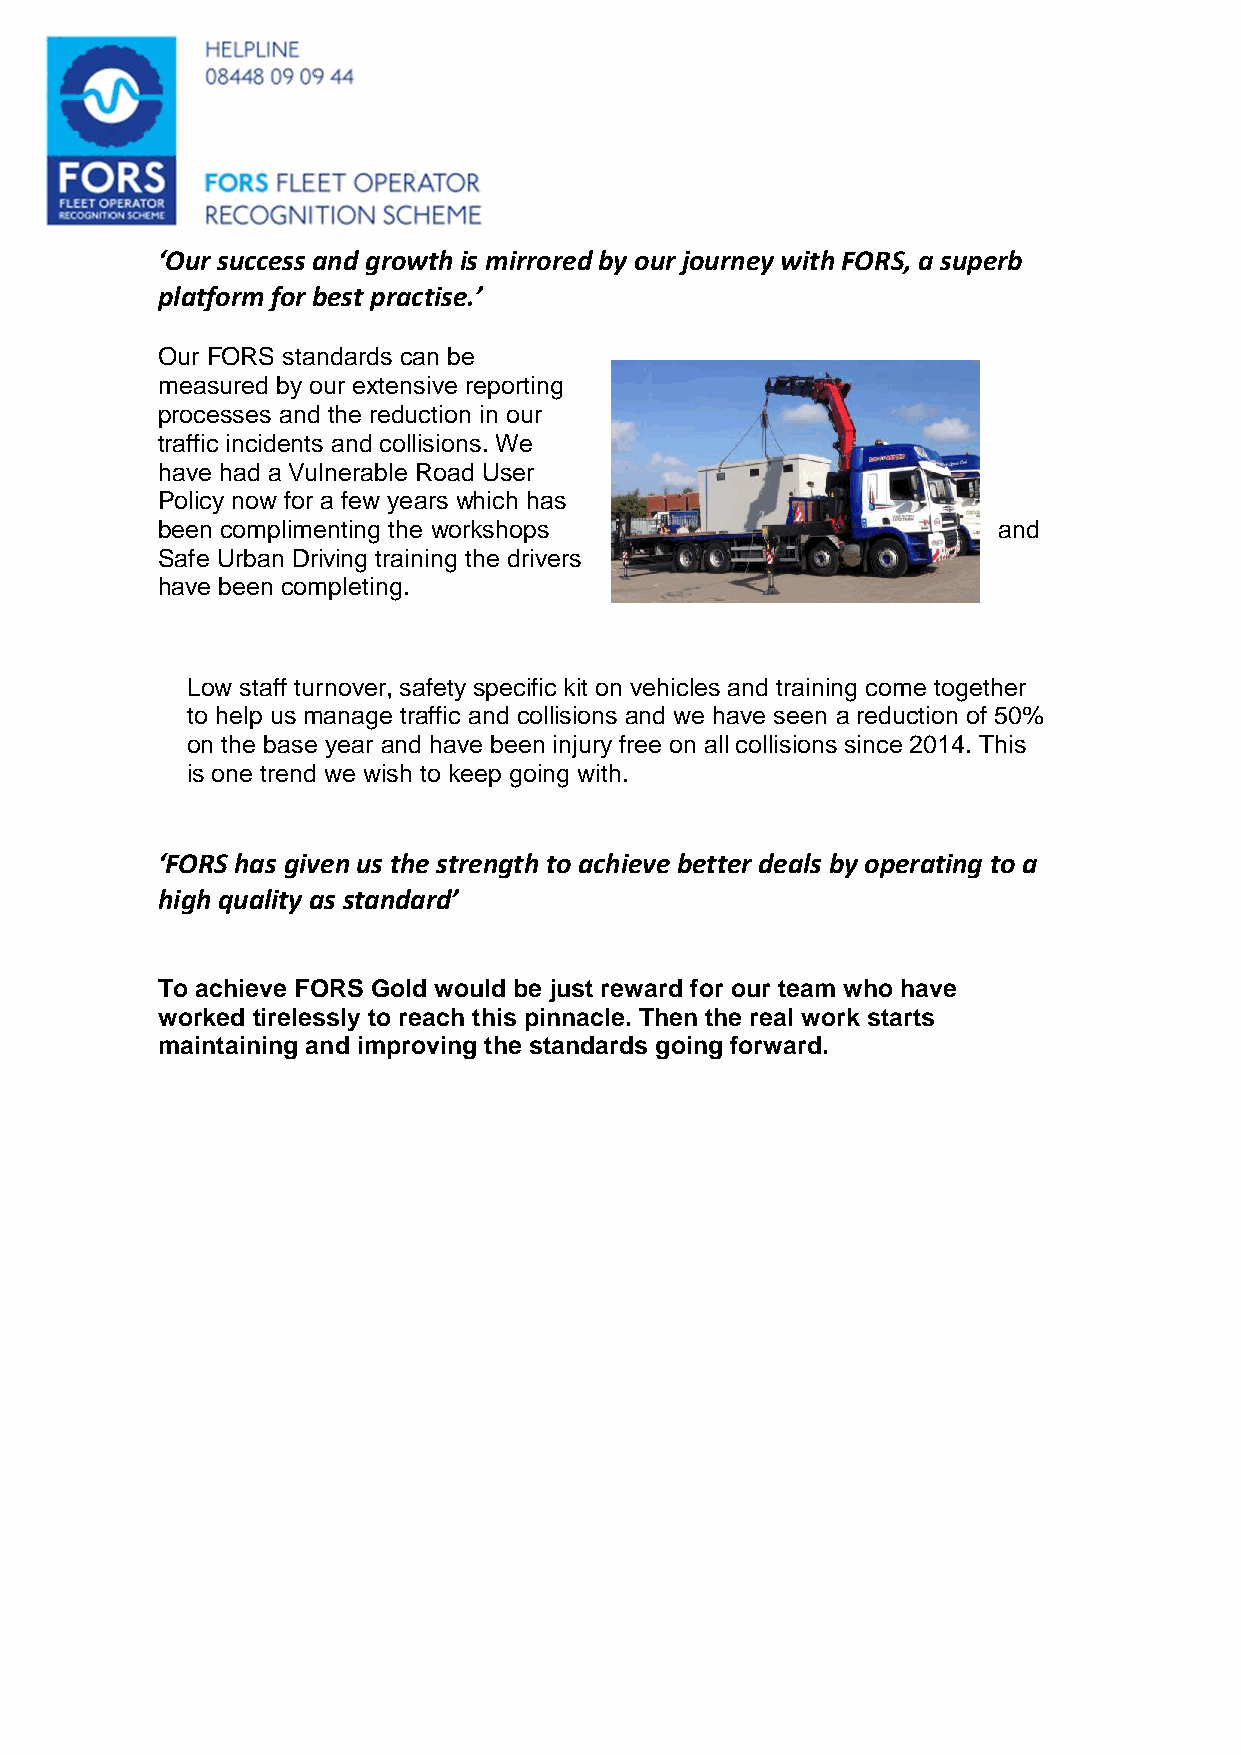
‘Our success and growth is mirrored by our journey with FORS, a superb
 platform for best practise.’
 Our FORS standards can be
 measured by our extensive reporting
 processes and the reduction in our
 traffic incidents and collisions. We
 have had a Vulnerable Road User
 Policy now for a few years which has
 been complimenting the workshops                        and
 Safe Urban Driving training the drivers
 have been completing.
 Low staff turnover, safety specific kit on vehicles and training come together
 to help us manage traffic and collisions and we have seen a reduction of 50%
 on the base year and have been injury free on all collisions since 2014. This
 is one trend we wish to keep going with.
 ‘FORS has given us the strength to achieve better deals by operating to a
 high quality as standard’
 To achieve FORS Gold would be just reward for our team who have
 worked tirelessly to reach this pinnacle. Then the real work starts
 maintaining and improving the standards going forward.